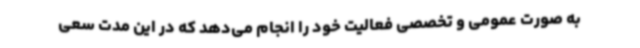
به صورت عمومی و تخصصی فعالیت خود را انجام می‌دهد که در این مدت سعی